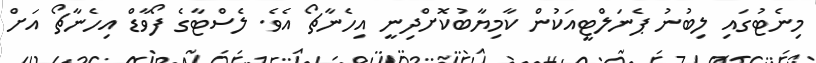
މިނެޓުގައި ލިބުނު ޕެނަލްޓީއަކުން ކާމިޔާބުކޮށްދިނީ އިހެނާޗޯ އެވެ. ލެސްޓާގެ ފޯވާޑް އިހެނާޗޯ އަށް